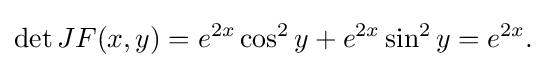
\det JF(x,y)=e^{2x}\cos ^{2}y+e^{2x}\sin ^{2}y=e^{2x}.\,\!